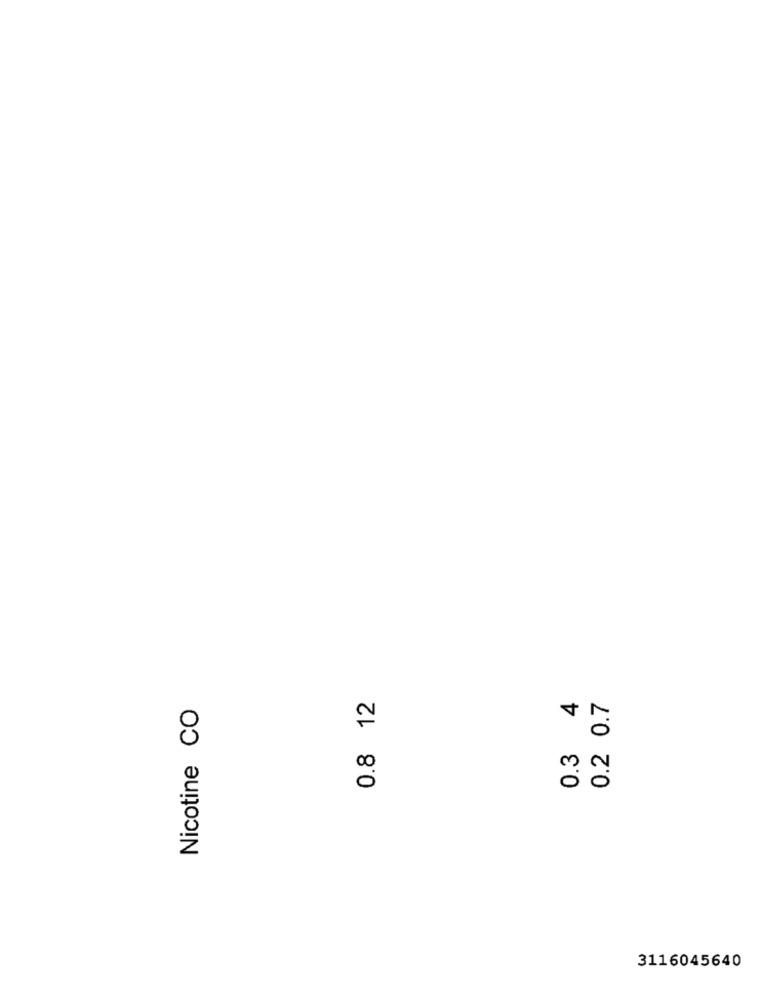
0.8 12
4
Nicotine CO
0.2 0.7
0.3
3116045640